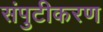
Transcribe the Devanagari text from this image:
संपुटीकरण